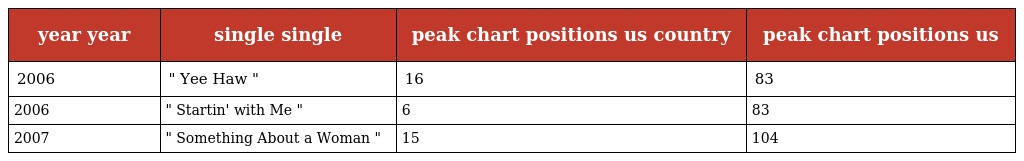
| year year | single single | peak chart positions us country | peak chart positions us |
 | --- | --- | --- | --- |
 | 2006 | " Yee Haw " | 16 | 83 |
 | 2006 | " Startin' with Me " | 6 | 83 |
 | 2007 | " Something About a Woman " | 15 | 104 |